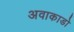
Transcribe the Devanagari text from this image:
अवाकाडो